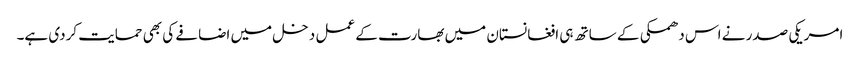
امریکی صدر نے اس دھمکی کے ساتھ ہی افغانستان میں بھارت کے عمل دخل میں اضافے کی بھی حمایت کردی ہے۔